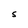
Character: S